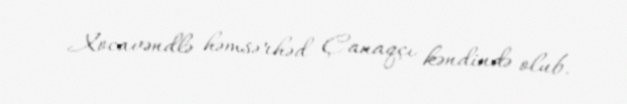
Xocavəndlə həmsərhəd Çanaqçı kəndində olub.